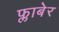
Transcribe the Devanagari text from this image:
फ्लाबेर